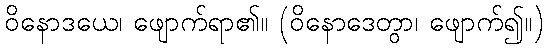
ဝိနောဒယေ၊ ဖျောက်ရာ၏။ (ဝိနောဒေတွာ၊ ဖျောက်၍။)